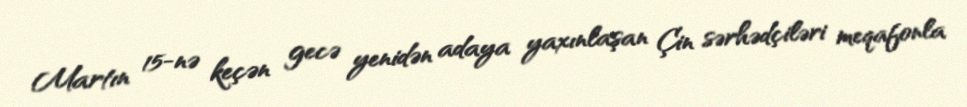
Martın 15-nə keçən gecə yenidən adaya yaxınlaşan Çin sərhədçiləri meqafonla